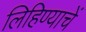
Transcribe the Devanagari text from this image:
लिहिण्याचें